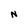
Character: N